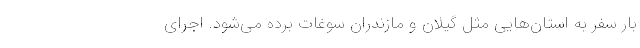
بار سفر به استان‌هایی مثل گیلان و مازندران سوغات برده می‌شود. اجرای